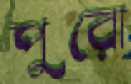
পুরো